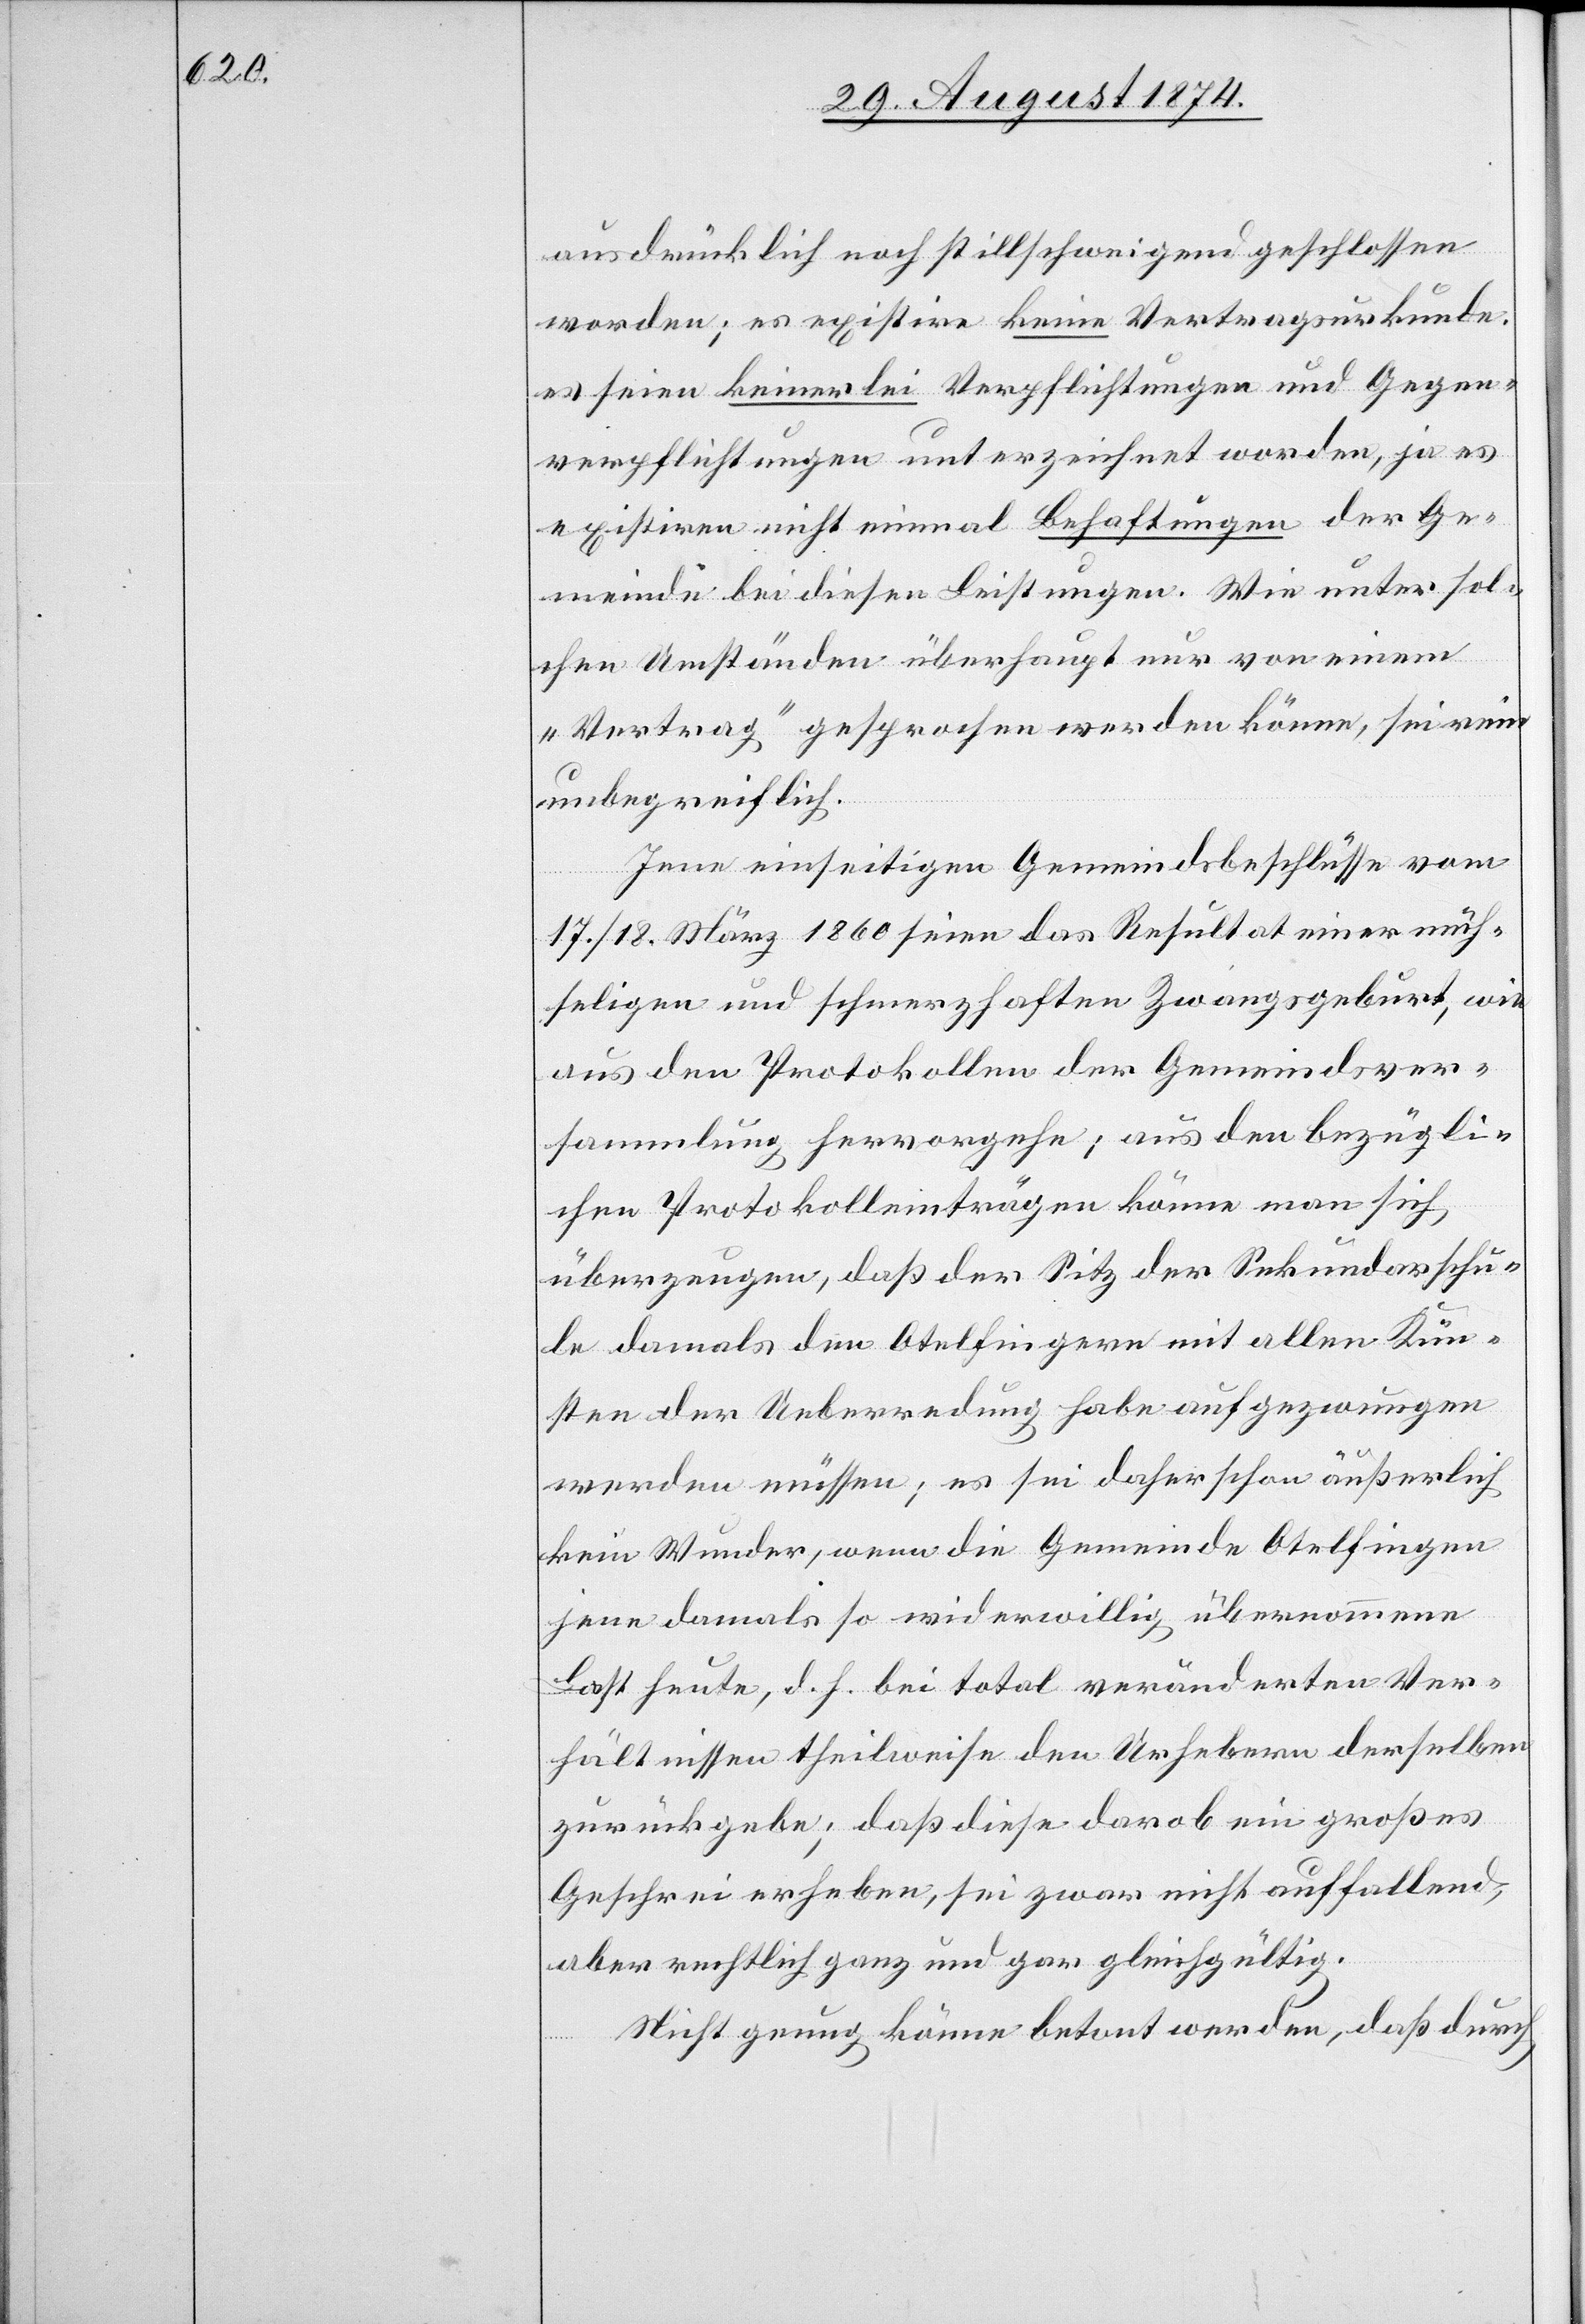
ausdrücklich noch stillschweigend geschlossen
worden; es existire keine Vertragsurkunde,
es seien keinerlei Verpflichtungen und Gegen¬
verpflichtungen unterzeichnet worden, ja es
existiren nicht einmal Behaftungen der Ge¬
meinde bei diesen Leistungen. Wie unter sol¬
chen Umständen überhaupt nur von einem
„Vertrag“ gesprochen werden könne, sei rein
unbegreiflich.
Jene einseitigen Gemeindsbeschlüsse vom
17./18. März 1860 seien das Resultat einer müh¬
seligen und schmerzhaften Zwangsgeburt, wie
aus den Protokollen der Gemeindsver¬
sammlung hervorgehe; aus den bezügli¬
chen Protokolleinträgen könne man sich
überzeugen, daß der Sitz der Sekundarschu¬
le damals den Otelfingern mit allen Kün¬
sten der Ueberredung habe aufgezwungen
werden müssen; es sei daher schon äußerlich
kein Wunder, wenn de Gemeinde Otelfingen
jene damals so widerwillig übernommene
Last heute, d. h. bei total veränderten Ver¬
hältnissen theilweise den Urhebern derselben
zurückgebe; daß diese darob ein großes
Geschrei erheben, sei zwar nicht auffallend,
aber rechtlich ganz und gar gleichgültig.
Nicht genug könne betont werden, daß durch